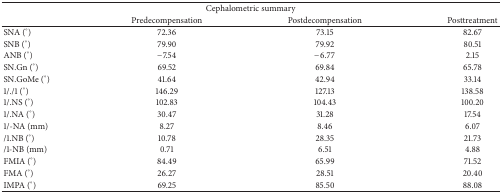
<table><thead><tr><td colspan="4"><b>Cephalometric summary</b></td></tr><tr><td><b> </b></td><td><b>Predecompensation</b></td><td><b>Postdecompensation</b></td><td><b>Posttreatment</b></td></tr></thead><tbody><tr><td>SNA (°)</td><td>72.36</td><td>73.15</td><td>82.67</td></tr><tr><td>SNB (°)</td><td>79.90</td><td>79.92</td><td>80.51</td></tr><tr><td>ANB (°)</td><td>−7.54</td><td>−6.77</td><td>2.15</td></tr><tr><td>SN.Gn (°)</td><td>69.52</td><td>69.84</td><td>65.78</td></tr><tr><td>SN.GoMe (°)</td><td>41.64</td><td>42.94</td><td>33.14</td></tr><tr><td>1/./1 (°)</td><td>146.29</td><td>127.13</td><td>138.58</td></tr><tr><td>1/.NS (°)</td><td>102.83</td><td>104.43</td><td>100.20</td></tr><tr><td>1/.NA (°)</td><td>30.47</td><td>31.28</td><td>17.54</td></tr><tr><td>1/-NA (mm)</td><td>8.27</td><td>8.46</td><td>6.07</td></tr><tr><td>/1.NB (°)</td><td>10.78</td><td>28.35</td><td>21.73</td></tr><tr><td>/1-NB (mm)</td><td>0.71</td><td>6.51</td><td>4.88</td></tr><tr><td>FMIA (°)</td><td>84.49</td><td>65.99</td><td>71.52</td></tr><tr><td>FMA (°)</td><td>26.27</td><td>28.51</td><td>20.40</td></tr><tr><td>IMPA (°)</td><td>69.25</td><td>85.50</td><td>88.08</td></tr></tbody></table>